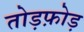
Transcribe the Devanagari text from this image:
तोड़फ़ोड़